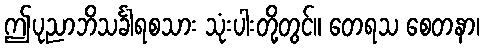
ဤပုညာဘိသင်္ခါရစသား သုံးပါးတို့တွင်။ တေရသ စေတနာ၊